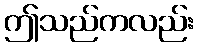
ဤသည်ကလည်း